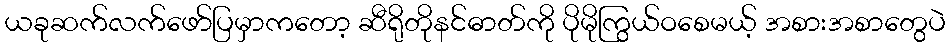
ယခုဆက်လက်ဖော်ပြမှာကတော့ ဆီရိုတိုနင်ဓာတ်ကို ပိုမိုကြွယ်ဝစေမယ့် အစားအစာတွေပဲ